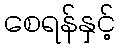
စေရန်နှင့်